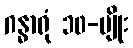
ဂန္ဓာရုံ ၁၀-မျိုး